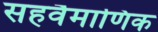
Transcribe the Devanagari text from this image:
सहवैमाणिक